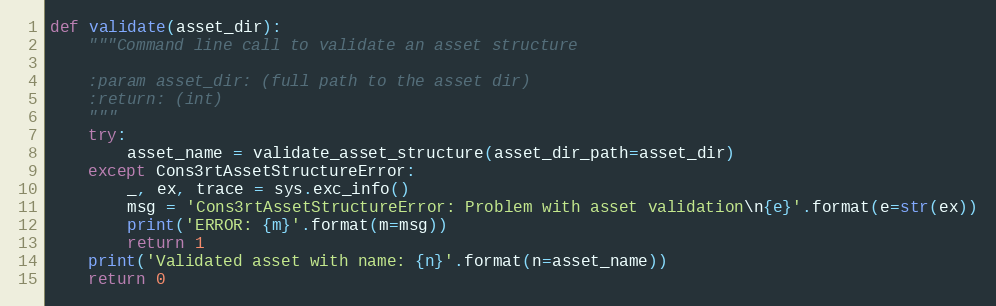
Language: Python
def validate(asset_dir):
    """Command line call to validate an asset structure

    :param asset_dir: (full path to the asset dir)
    :return: (int)
    """
    try:
        asset_name = validate_asset_structure(asset_dir_path=asset_dir)
    except Cons3rtAssetStructureError:
        _, ex, trace = sys.exc_info()
        msg = 'Cons3rtAssetStructureError: Problem with asset validation\n{e}'.format(e=str(ex))
        print('ERROR: {m}'.format(m=msg))
        return 1
    print('Validated asset with name: {n}'.format(n=asset_name))
    return 0